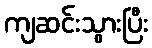
ကျဆင်းသွားပြီး